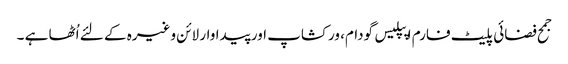
جمح فضائی پلیٹ فارم اپپلیس گودام، ورکشاپ اور پیداوار لائن وغیرہ کے لئے اُٹھا ہے ۔